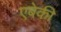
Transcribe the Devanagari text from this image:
एबेकी